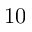
1 0